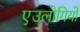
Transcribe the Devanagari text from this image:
एउलोगियो